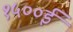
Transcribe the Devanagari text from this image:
१५००ई